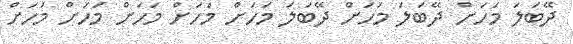
ދޭބަލަ މަހަށް ދޭބަލަ މަހަށް ދޭބަލަ މަހަށް މަހަށް މަހަށް މަހަށް މަހަށް